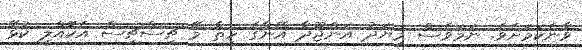
ވާނެކަމަށެވެ. ނަމަވެސް މިޔަދު އަންޖޫދާ އޭނާގެ ހިތާ މޭ ޗިސްޗިސް އެކޮއްލީ ކުޅޭ